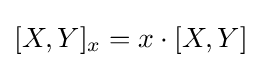
[X,Y]_{x}=x\cdot [X,Y]